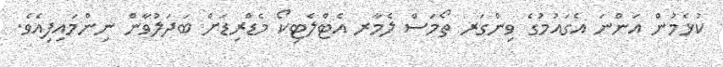
ކުޅެމުން އަންނަ އެގައުމުގެ ވިންގަރ ތޯމަސް ލެމާރ އެޓްލެޓިކޯ މެޑްރިޑަށް ބަދަލުވާން ނިންމައިފިއެވެ.